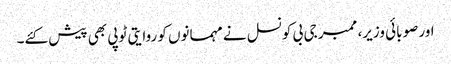
اور صوبائی وزیر، ممبر جی بی کونسل نے مہمانوں کو روایتی ٹوپی بھی پیش کئے۔